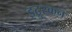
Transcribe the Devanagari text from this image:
इट्रुस्कन